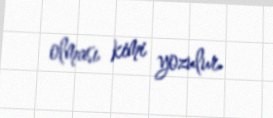
olması kimi yozulur.